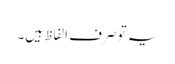
یہ تو صرف الفاظ ہیں۔